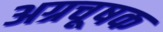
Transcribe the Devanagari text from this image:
अग्रचूषक